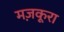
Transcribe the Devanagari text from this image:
मज़कूरा